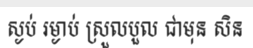
ស្ងប់ រម្ងាប់ ស្រួលបួល ជាមុន សិន